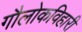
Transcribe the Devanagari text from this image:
गौलोकविहारी